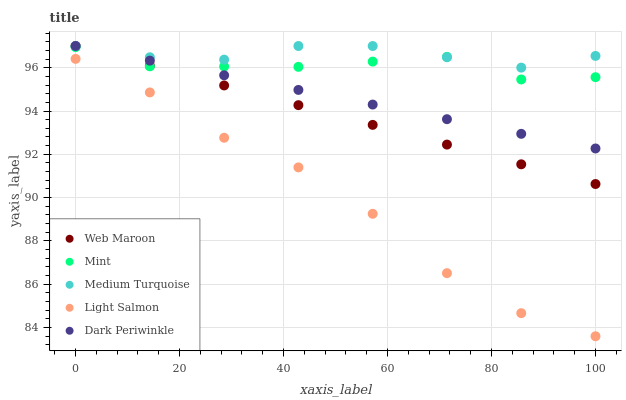
| xaxis_label | Web Maroon | Mint | Medium Turquoise | Light Salmon | Dark Periwinkle |
 | --- | --- | --- | --- | --- | --- |
 | 0 | 97 | 96.9 | 97 | 96.4 | 97 |
 | 14.3 | 96.1 | 96.1 | 96.5 | 94.9 | 96.3 |
 | 28.6 | 95.2 | 96.1 | 96.4 | 92.8 | 95.6 |
 | 42.9 | 94.3 | 96 | 97 | 91.4 | 95 |
 | 57.1 | 93.4 | 96.3 | 97 | 89.3 | 94.3 |
 | 71.4 | 92.4 | 96.5 | 96.5 | 86.5 | 93.6 |
 | 85.7 | 91.5 | 95.5 | 96 | 84.7 | 92.9 |
 | 100 | 90.6 | 95.6 | 96.5 | 83.6 | 92.3 |